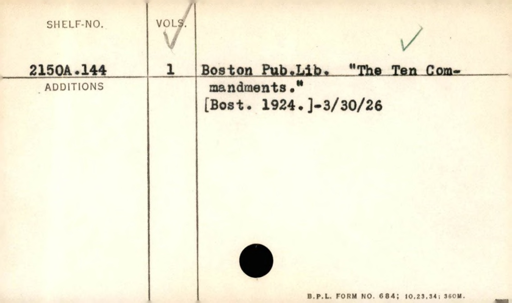
Label: content